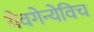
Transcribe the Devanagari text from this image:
येवगेन्येविच